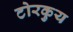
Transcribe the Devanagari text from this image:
टोरकुय